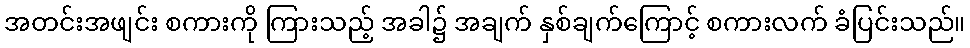
အတင်းအဖျင်း စကားကို ကြားသည့် အခါ၌ အချက် နှစ်ချက်ကြောင့် စကားလက် ခံပြင်းသည်။